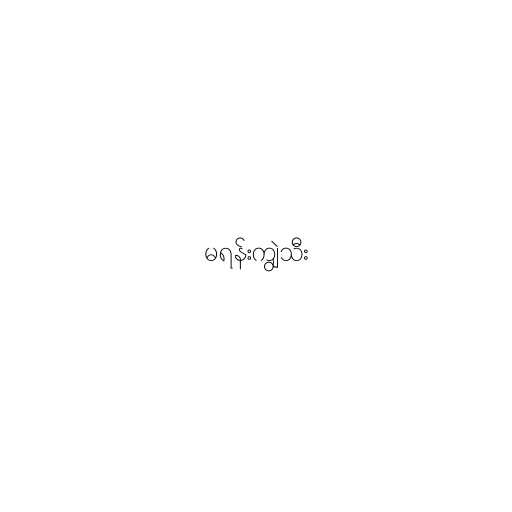
မရန်းကျွဲသီး